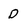
Character: d